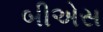
બીએસ